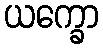
ယက္ခော